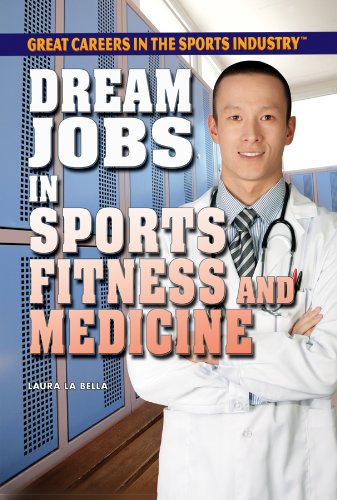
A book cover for Dream Jobs in Sports Fitness and Medicine (Great Careers in the Sports Industry); Laura La Bella; Teen & Young Adult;